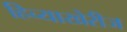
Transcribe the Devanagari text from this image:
हिच्याखेरीज